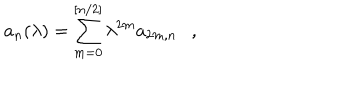
LaTeX: a _ { n } ( \lambda ) = \sum _ { m = 0 } ^ { [ n / 2 ] } \lambda ^ { 2 m } a _ { 2 m , n } ,